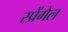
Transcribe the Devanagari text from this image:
स्प्रेंगेल